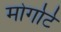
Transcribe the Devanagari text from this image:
मोर्गार्ट